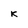
Character: K